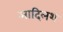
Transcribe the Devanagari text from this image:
आदिलश